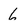
Character: 6